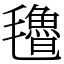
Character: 氌